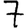
Digit: 7